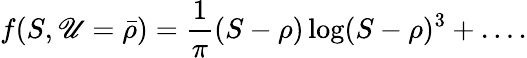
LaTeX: f(S,\mathscr{U}={\bar{{\rho}}})={\frac{{1}}{{\pi}}}(S-\rho)\log(S-\rho)^{3}+\dots.